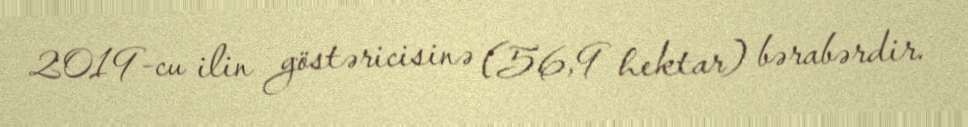
2019-cu ilin göstəricisinə (56,9 hektar) bərabərdir.